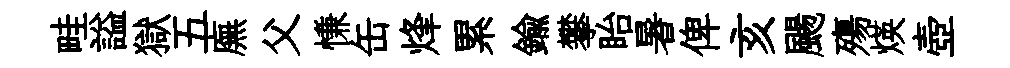
畦謚獄五廡父慊缶烽累鍮攀眙暑俾亥颺殤煐壺